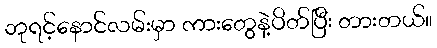
ဘုရင့်နောင်လမ်းမှာ ကားတွေနဲ့ပိတ်ပြီး တားတယ်။